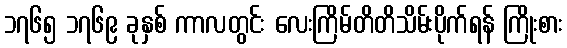
၁၇၆၅ ၁၇၆၉ ခုနှစ် ကာလတွင်း လေးကြိမ်တိတိသိမ်းပိုက်ရန် ကြိုးစား